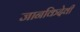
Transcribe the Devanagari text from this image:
जानकिदेवी